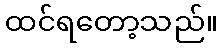
ထင်ရတော့သည်။